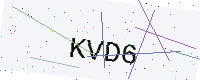
Text: KVD6